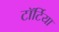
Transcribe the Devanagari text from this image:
टॉर्टिया